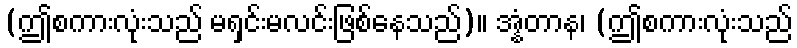
(ဤစကားလုံးသည် မရှင်းမလင်းဖြစ်နေသည်)။ အ္နံတာန၊ (ဤစကားလုံးသည်